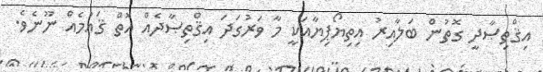
އިޤްތިޞާދީ ގޮތުން ބަލާއިރު އިތިޔޯޕިޔާއަކީ މާ ވަރުގަދަ އިޤްތިޞާދެއް އޮތް ޤައުމެއް ނޫނެވެ.